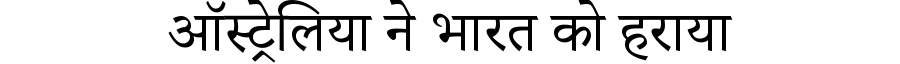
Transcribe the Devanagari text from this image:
ऑस्ट्रेलिया ने भारत को हराया